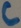
Text: C